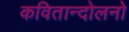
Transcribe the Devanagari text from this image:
कवितान्दोलनो